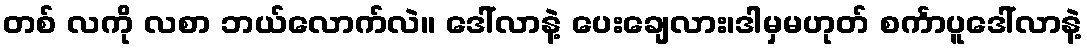
တစ် လကို လစာ ဘယ်လောက်လဲ။ ဒေါ်လာနဲ့ ပေးချေလား၊ဒါမှမဟုတ် စင်္ကာပူဒေါ်လာနဲ့